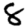
Digit: 8